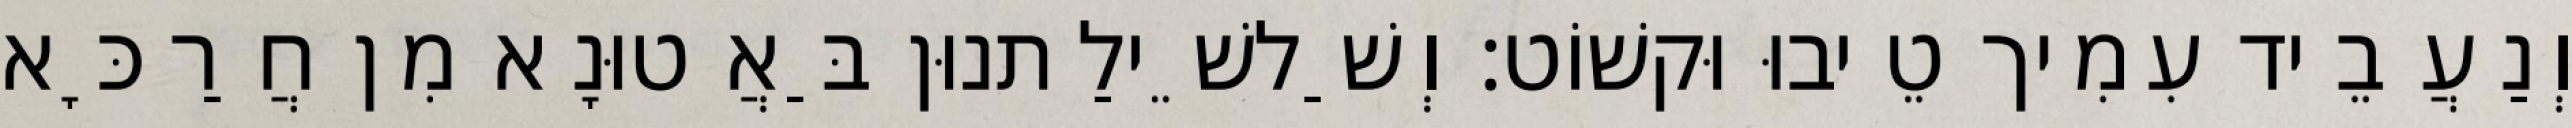
וְנַעֲבֵיד עִמִיך טֵיבוּ וּקשׁוֹט׃ וְשַׁלשֵׁילַתנוּן בַּאֲטוּנָא מִן חֲרַכָּא